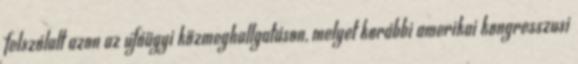
felszólalt azon az ufóügyi közmeghallgatáson, melyet korábbi amerikai kongresszusi